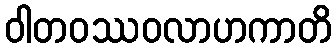
ဝါတဝဿဝလာဟကာတိ